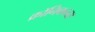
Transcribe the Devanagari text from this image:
क्रॉनिकलस